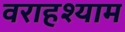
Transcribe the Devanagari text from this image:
वराहश्याम